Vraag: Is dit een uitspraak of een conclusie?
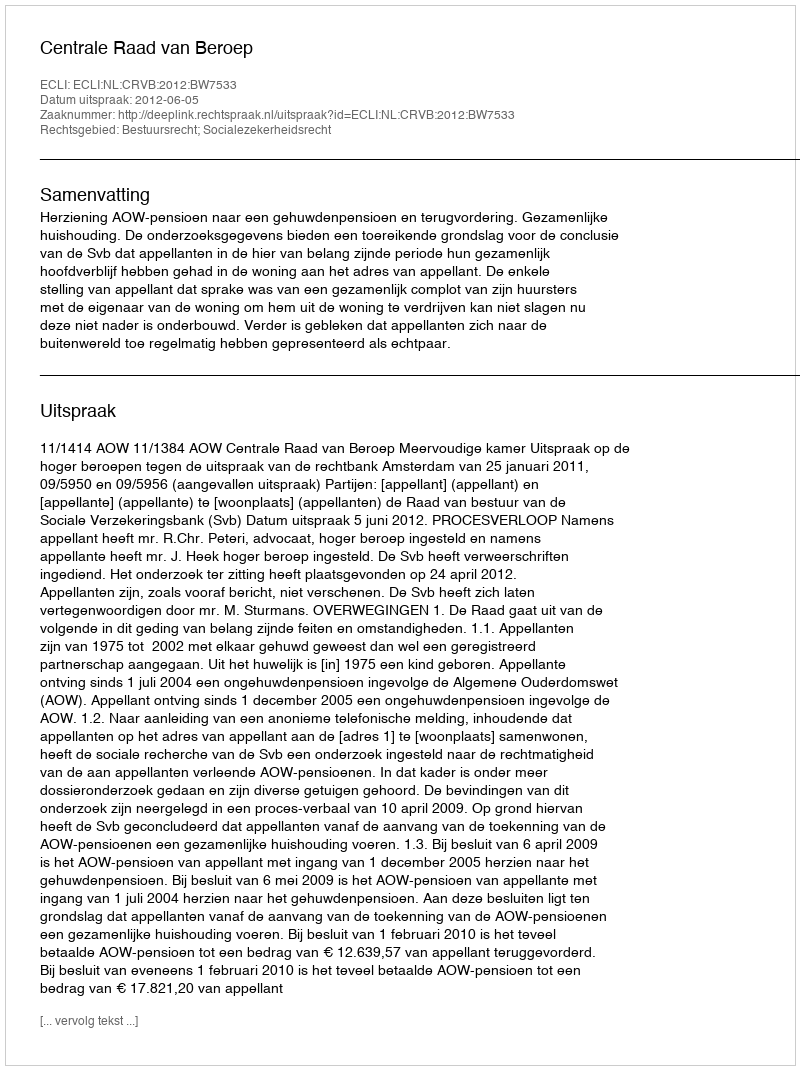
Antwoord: Uitspraak